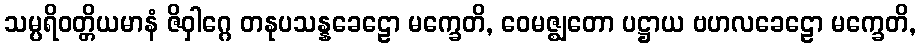
သမ္ပရိဝတ္တိယမာနံ ဇိဝှါဂ္ဂေ တနုပသန္နခေဠော မက္ခေတိ, ဝေမဇ္ဈတော ပဋ္ဌာယ ဗဟလခေဠော မက္ခေတိ,